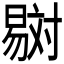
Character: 𣋇